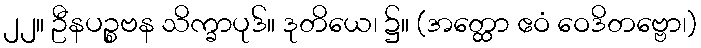
၂၂။ ဦနပဉ္စဗန သိက္ခာပုဒ်။ ဒုတိယေ၊ ၌။ (အတ္ထော ဧဝံ ဝေဒိတဗ္ဗော၊)